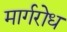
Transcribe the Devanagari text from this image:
मार्गरोध